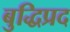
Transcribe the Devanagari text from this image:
बुद्धिप्रद